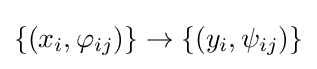
\{(x_{i},\varphi _{ij})\}\to \{(y_{i},\psi _{ij})\}